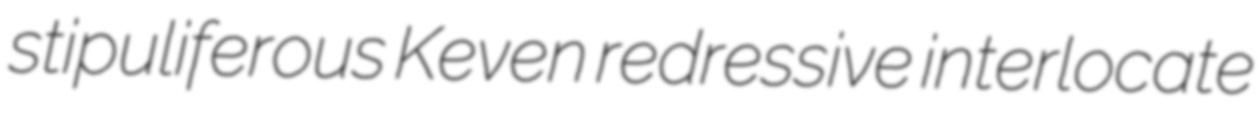
stipuliferous Keven redressive interlocate